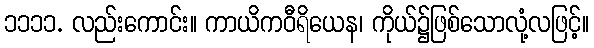
၁၁၁၁. လည်းကောင်း။ ကာယိကဝီရိယေန၊ ကိုယ်၌ဖြစ်သောလုံ့လဖြင့်။